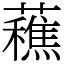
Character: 䕴